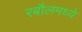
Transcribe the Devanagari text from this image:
रबौलमध्ये